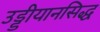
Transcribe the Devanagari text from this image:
उड्डीयानसिद्ध